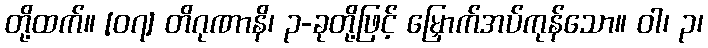
တို့ထက်။ [၀၇] တိဂုဏာနိ၊ ၃-ခုတို့ဖြင့် မြှောက်အပ်ကုန်သော။ ဝါ၊ ၃၊